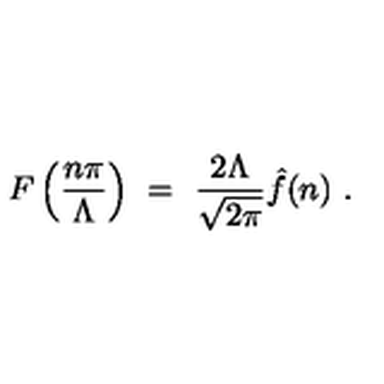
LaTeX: F \left( { \frac { n \pi } { \Lambda } } \right) \ = \ { \frac { 2 \Lambda } { \sqrt { 2 \pi } } } \hat { f } ( n ) \ .